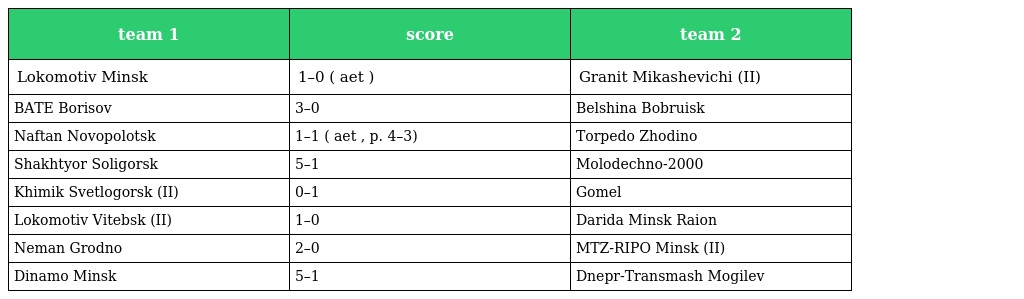
| team 1 | score | team 2 |
 | --- | --- | --- |
 | Lokomotiv Minsk | 1–0 ( aet ) | Granit Mikashevichi (II) |
 | BATE Borisov | 3–0 | Belshina Bobruisk |
 | Naftan Novopolotsk | 1–1 ( aet , p. 4–3) | Torpedo Zhodino |
 | Shakhtyor Soligorsk | 5–1 | Molodechno-2000 |
 | Khimik Svetlogorsk (II) | 0–1 | Gomel |
 | Lokomotiv Vitebsk (II) | 1–0 | Darida Minsk Raion |
 | Neman Grodno | 2–0 | MTZ-RIPO Minsk (II) |
 | Dinamo Minsk | 5–1 | Dnepr-Transmash Mogilev |